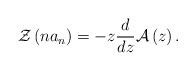
LaTeX: \begin{align*}\mathcal{Z}\left( na_{n}\right) =-z\frac{d}{dz}\mathcal{A}\left( z\right) .\end{align*}